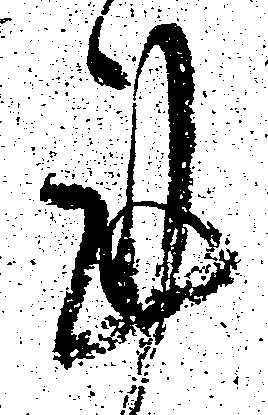
謹